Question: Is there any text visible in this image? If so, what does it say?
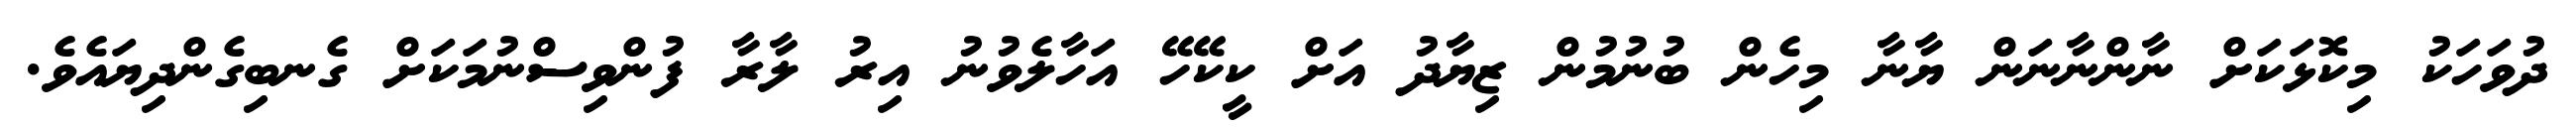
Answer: ދުވަހަކު މިކޮޅަކަށް ނާންނާނަން ޔާނާ މިހެން ބުނުމުން ޒިޔާދު އަށް ކީކޭހޭ އަހާލެވުނު އިރު ލާރާ ފުންވިސްނުމަކަށް ގެނބިގެންދިޔައެވެ.